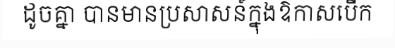
ដូចគ្នា បានមានប្រសាសន៍ក្នុងឱកាសបើក